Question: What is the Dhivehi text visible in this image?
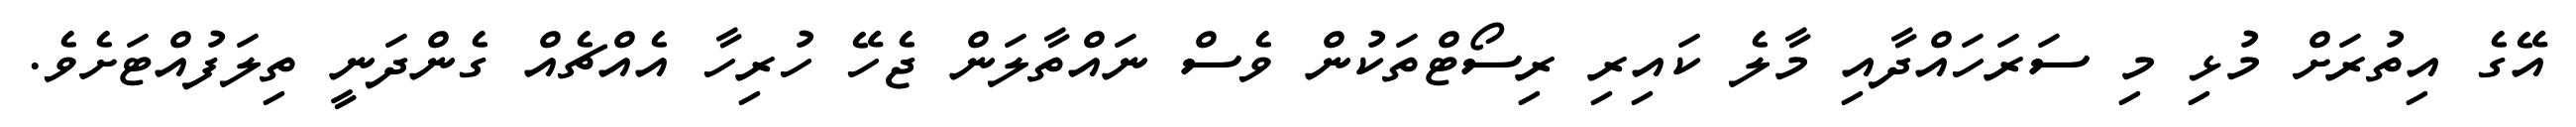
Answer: އޭގެ އިތުރަށް މުޅި މި ސަރަހައްދާއި މާލެ ކައިރި ރިސޯޓްތަކުން ވެސް ނައްތާލަން ޖެހޭ ހުރިހާ އެއްޗެއް ގެންދަނީ ތިލަފުއްޓަށެވެ.